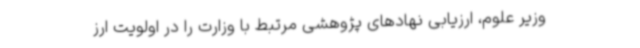
وزیر علوم، ارزیابی نهادهای پژوهشی مرتبط با وزارت را در اولویت ارز